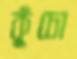
কুঁচো